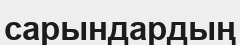
сарындардың